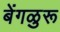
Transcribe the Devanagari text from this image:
बेंगळुरू